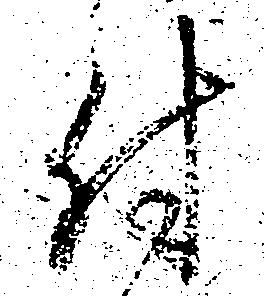
付